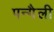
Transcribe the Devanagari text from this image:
पन्गैली